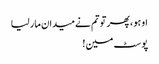
او ہو ، پھر تو تم نے میدان مار لیا
پوسٹ مین !